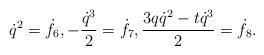
LaTeX: \begin{align*} \dot q^2=\dot f_6, -\frac{\dot q^3}{2}=\dot f_7, \frac{3q\dot q^2-t\dot q^3}{2}=\dot f_8.\end{align*}